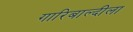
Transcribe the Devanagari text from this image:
गारिबाल्दीला